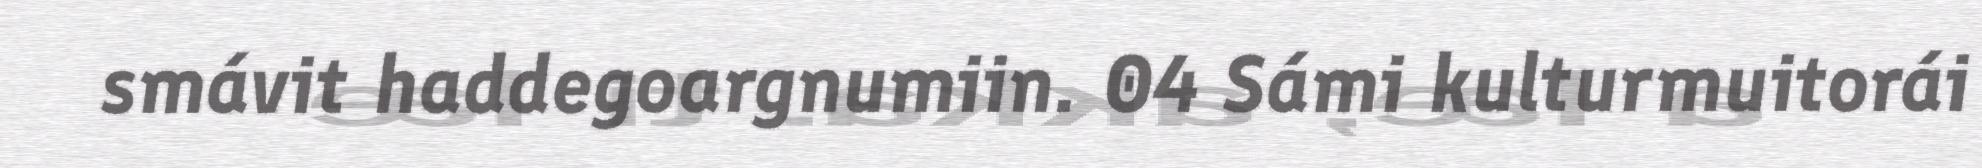
smávit haddegoargnumiin. 04 Sámi kulturmuitorái